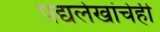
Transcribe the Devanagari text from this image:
पद्यलेखांचेही